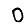
Digit: 0